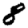
Digit: 8